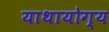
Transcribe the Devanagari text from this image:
याथायोग्य